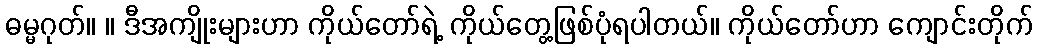
ဓမ္မဂုတ်။ ။ ဒီအကျိုးများဟာ ကိုယ်တော်ရဲ့ ကိုယ်တွေ့ဖြစ်ပုံရပါတယ်။ ကိုယ်တော်ဟာ ကျောင်းတိုက်